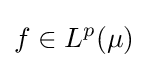
f\in L^{p}(\mu )